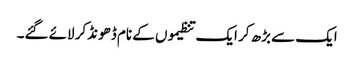
ایک سے بڑھ کر ایک تنظیموں کے نام ڈھونڈکر لائے گئے۔